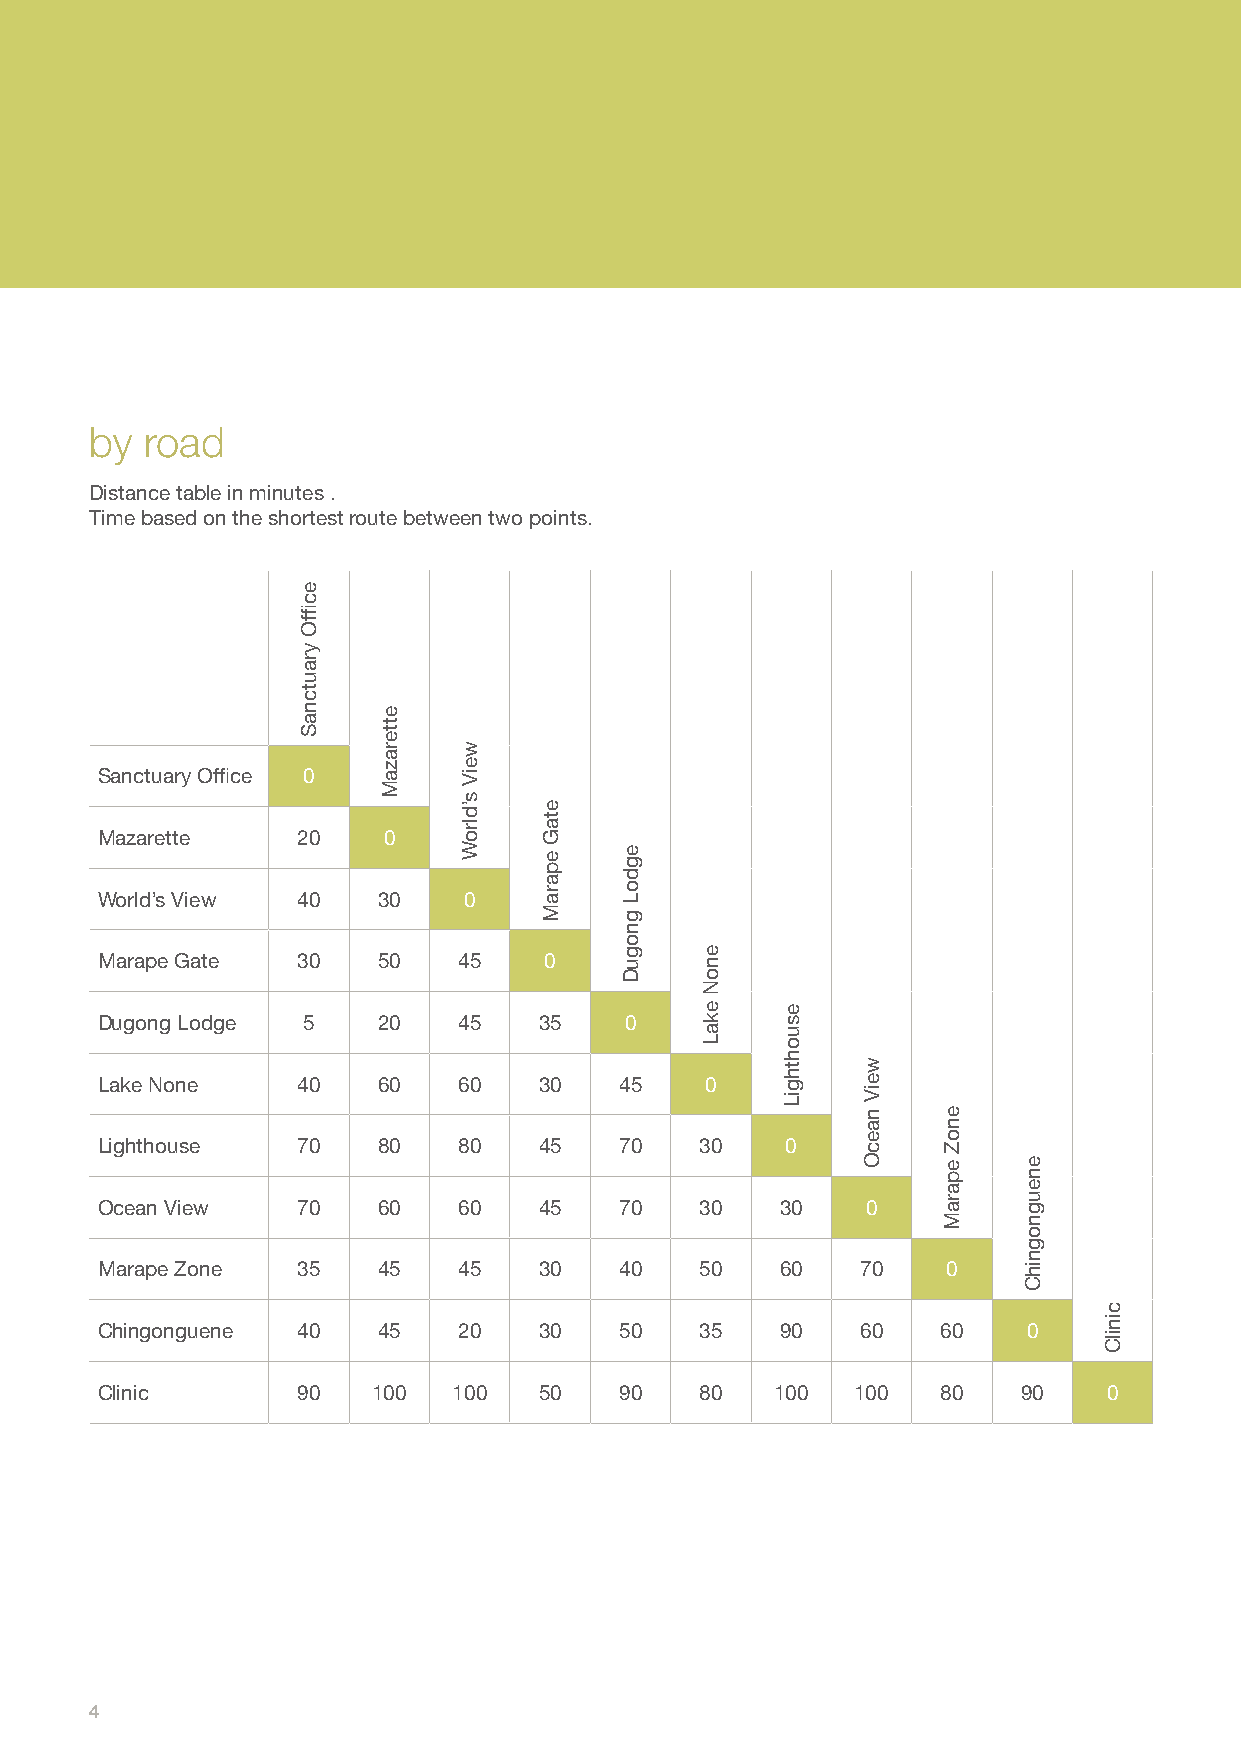
by  road
 Distance table in minutes .
 Time based on the shortest route between two points.
 Sanctuary Office 0
 Mazarette     20   0
 World’s View  40   30    0
 Marape Gate   30   50   45    0
 Dugong Lodge  5    20   45    35   0
 Lake None     40   60   60    30   45    0
 Lighthouse    70   80   80    45   70   30    0
 Ocean View    70   60   60    45   70   30    30   0
 Marape Zone   35   45   45    30   40   50    60   70    0
 Chingonguene  40   45   20    30   50   35    90   60   60    0
 Clinic        90   100  100   50   90   80   100   100  80    90   0
 4
 ecfifO
 yrautcnaS
 etterazaM
 weiV
 s’dlroW
 etaG
 eparaM egdoL
 gnoguD
 enoN
 ekaL  esuohthgiL
 weiV
 naecO enoZ
 eparaM eneugnognihC
 cinilC